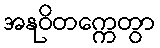
အနုဝိတက္ကေတွာ